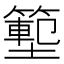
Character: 𭐃